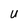
Character: U